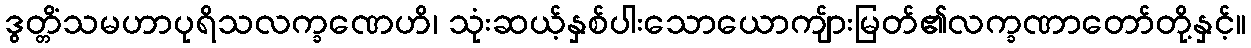
ဒွတ္တိံသမဟာပုရိသလက္ခဏေဟိ၊ သုံးဆယ့်နှစ်ပါးသောယောကျ်ားမြတ်၏လက္ခဏာတော်တို့နှင့်။